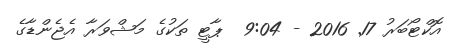
އޮކްޓޯބަރު 17